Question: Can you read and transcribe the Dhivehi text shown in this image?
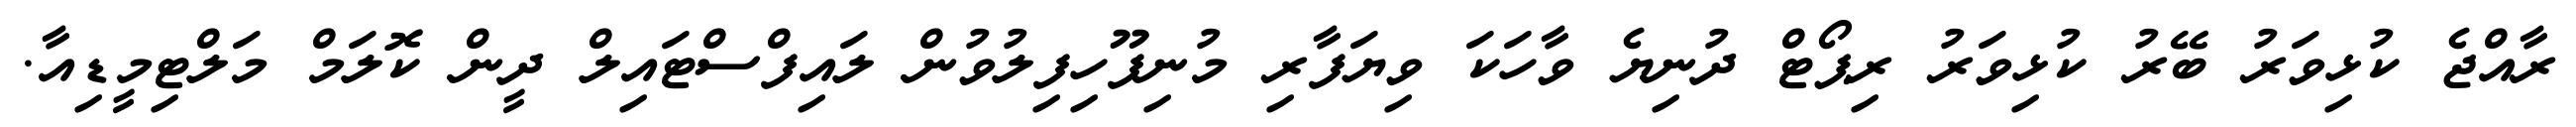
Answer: ރާއްޖެ ކުޅިވަރު ބޭރު ކުޅިވަރު ރިޕޯޓް ދުނިޔެ ވާހަކަ ވިޔަފާރި މުނިފޫހިފިލުވުން ލައިފްސްޓައިލް ދީން ކޮލަމް މަލްޓިމީޑިއާ.